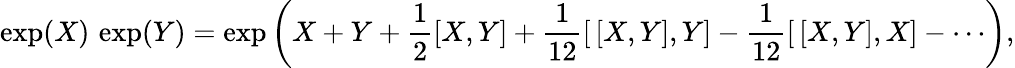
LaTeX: \exp(X)\, \exp(Y)=\exp\left(X+Y+{\frac{1}{2}}[X,Y]+{\frac{1}{12}}[\, [X,Y],Y]-{\frac{1}{12}}[\, [X,Y],X]-\cdots\right),